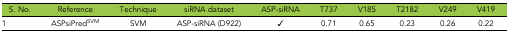
<table><thead><tr><td><b>S. No.</b></td><td><b>Reference</b></td><td><b>Technique</b></td><td><b>siRNA dataset</b></td><td><b>ASP-siRNA</b></td><td><b>T737</b></td><td><b>V185</b></td><td><b>T2182</b></td><td><b>V249</b></td><td><b>V419</b></td></tr></thead><tbody><tr><td>1</td><td>ASPsiPred<sup>SVM</sup></td><td>SVM</td><td>ASP-siRNA (D922)</td><td>✓</td><td>0.71</td><td>0.65</td><td>0.23</td><td>0.26</td><td>0.22</td></tr></tbody></table>